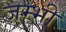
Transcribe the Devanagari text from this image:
जम्भी